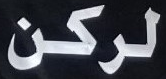
لركن